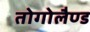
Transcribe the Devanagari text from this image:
तोगोलैण्ड